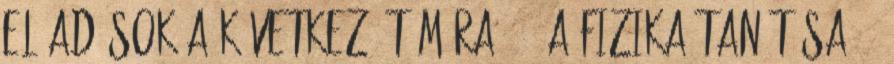
előadások a következő témára: "1 A fizika tanítása 3.